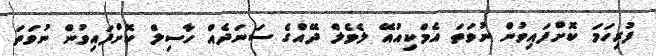
ފުރިހަމަ ކޮށްފައިވުން ނުވަތަ އެމްކިއުއޭ ލެވެލް ދޭއްގެ ސަނަދެއް ހާސިލް ކޮށްފައިވުން ނުވަތަ